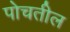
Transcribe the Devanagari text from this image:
पोचतील